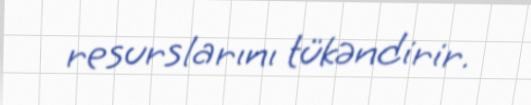
resurslarını tükəndirir.